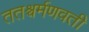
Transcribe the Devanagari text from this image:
ततश्चर्मणवती